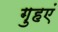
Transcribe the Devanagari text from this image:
गुहएं